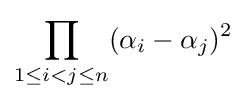
\prod _{1\leq i<j\leq n}(\alpha _{i}-\alpha _{j})^{2}